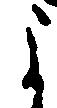
よ